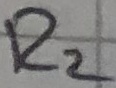
Text: R2